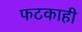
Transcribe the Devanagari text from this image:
फटकाही